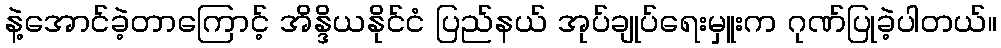
နဲ့အောင်ခဲ့တာကြောင့် အိန္ဒိယနိုင်ငံ ပြည်နယ် အုပ်ချုပ်ရေးမှူးက ဂုဏ်ပြုခဲ့ပါတယ်။